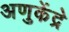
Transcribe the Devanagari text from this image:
अणुकेंद्रे